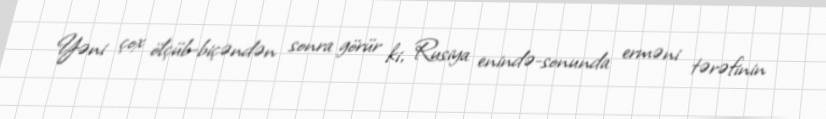
Yəni çox ölçüb-biçəndən sonra görür ki, Rusiya enində-sonunda erməni tərəfinin